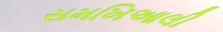
સમખિઆલી